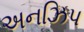
અનઝિપ